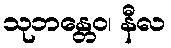
သုဘန္တေဝ၊ နီလ